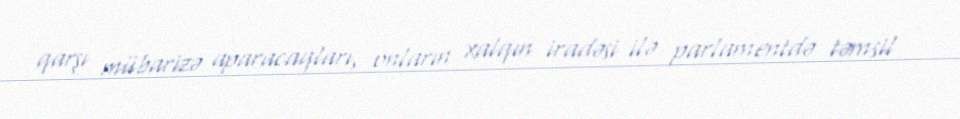
qarşı mübarizə aparacaqları, onların xalqın iradəsi ilə parlamentdə təmsil